Vabadussoja_Ajaloo_Komitee, lk 123
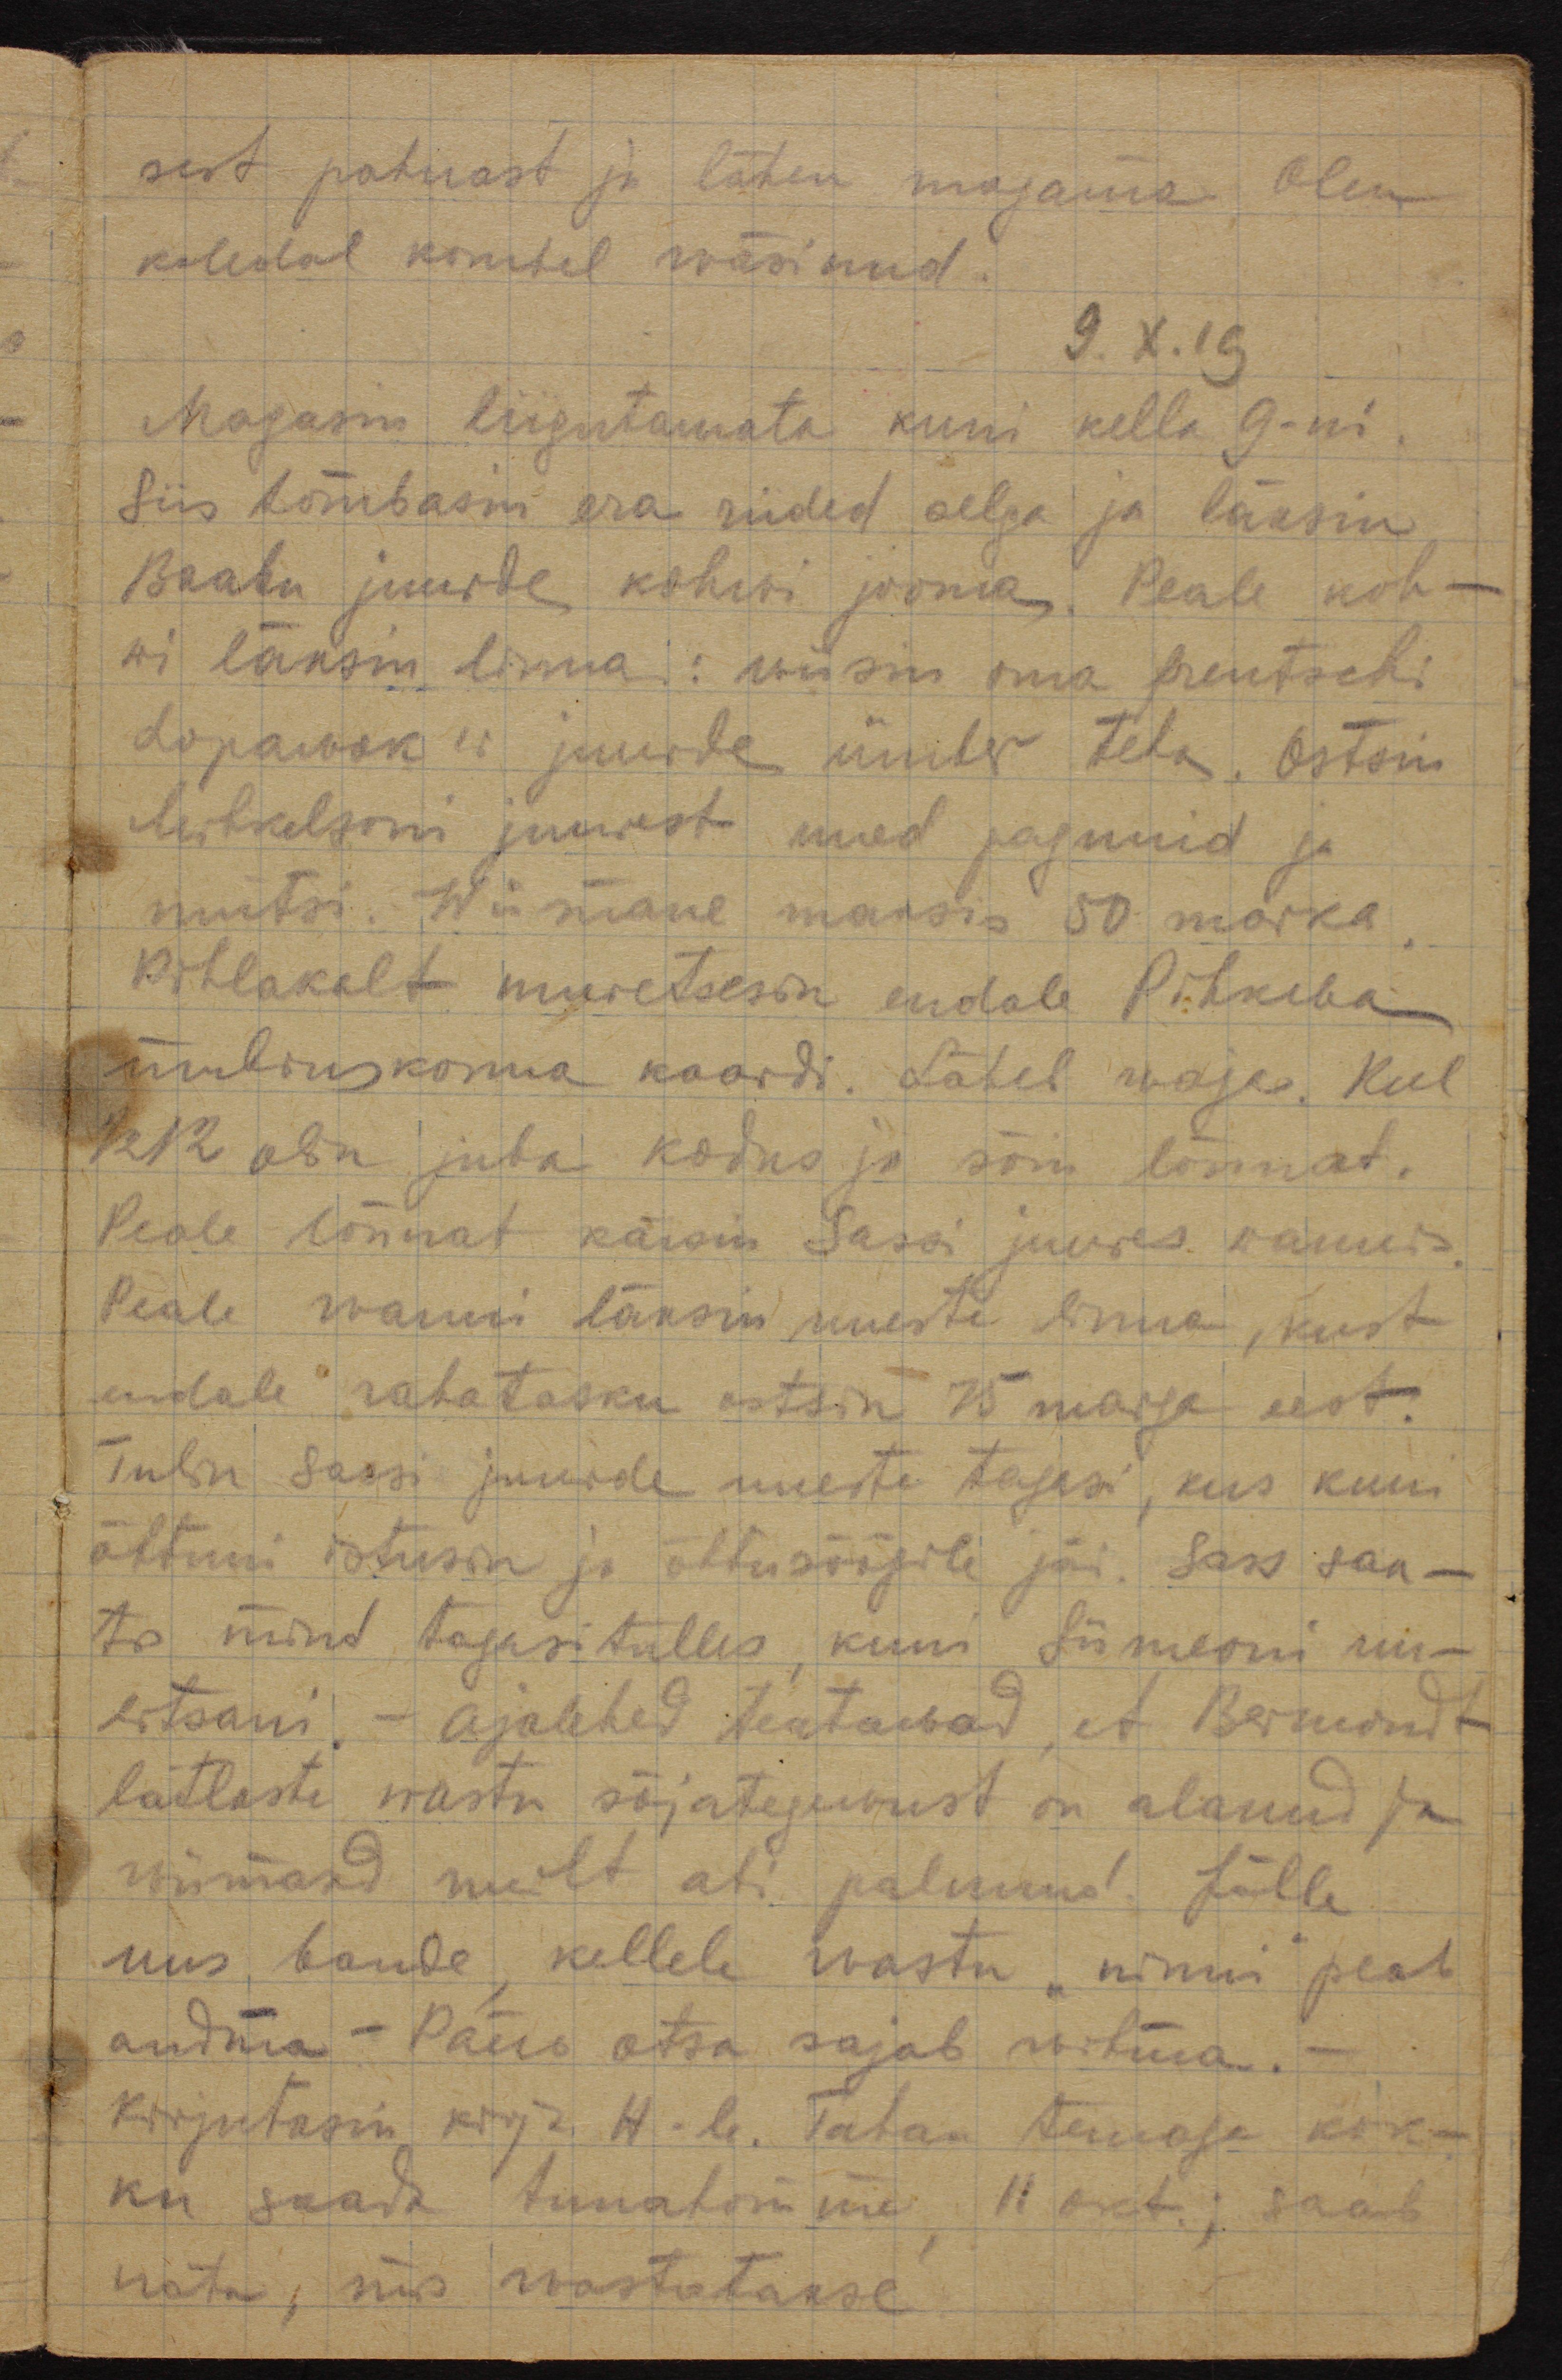
sest pahnast ja lähen magama. Olen
koledal kombel wäsinud.
9.X.19
Magasin liigutamata kuni kella 9-ni.
Siis tõmbasin oma riided selga ja läksin
Baabu juurde kohwi jooma. Peale koh-
wi läksin linna: wiisin oma frentschi
Хоралск'i juurde ümber teha. Ostsin
Mihkelsoni juurest uued pagunid ja
mütsi. Wiimane maksis 50 marka.
Pihlakalt muretsesin endale Pihkwa 
ümbruskonna kaardi. Läheb waja. Kell
1/2 12 olin juba kodus ja sõin lõunat.
Peale lõunat käisin Sassi juures wannis.
Peale wanni läksin uueste linna, kust
endale rahatasku ostsin 15 marga eest.
Tulin Sassi juurde uueste tagasi, kus kuni
õhtuni istusin ja õhtusöögile jäin. Sass saa-
tis mind tagasitulles, kuni Siimeoni uu-
litsani. Ajalehed teatawad, et Bermondt
lätlaste wastu sõjategewust on alanud ja
wiimased meilt abi palunud. Jälle
uus bande, kellele wastu "nänni" peab
andma. Päew otsa sajab wihma.
Kirjutasin kirja H-le. Tahan temaga kok-
ku saada tunahomme, 11 okt; saab
näha, siis wastatakse.